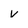
Character: v